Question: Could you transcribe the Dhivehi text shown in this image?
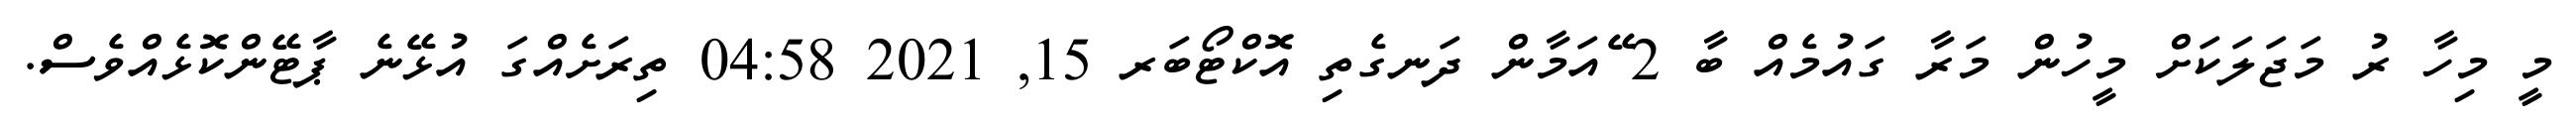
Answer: މީ މިހާ ރު މަޖަލަކަށް މީހުން މަރާ ގައުމެއް ބާ 2 ޭއަމާން ދަނގެތި އޮކްޓޯބަރ 15, 2021 04:58 ތިރަށެއްގަ އުޅޭނެ ޕާޓޭންކޮޅެއްވެސް.